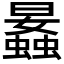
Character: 𧒛